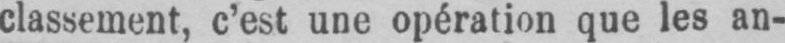
classement, c’est une opération que les an-